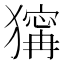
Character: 𤡺